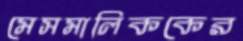
মেসমালিককের